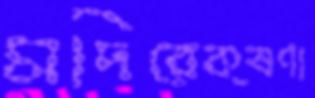
মদিরেক্ষণা